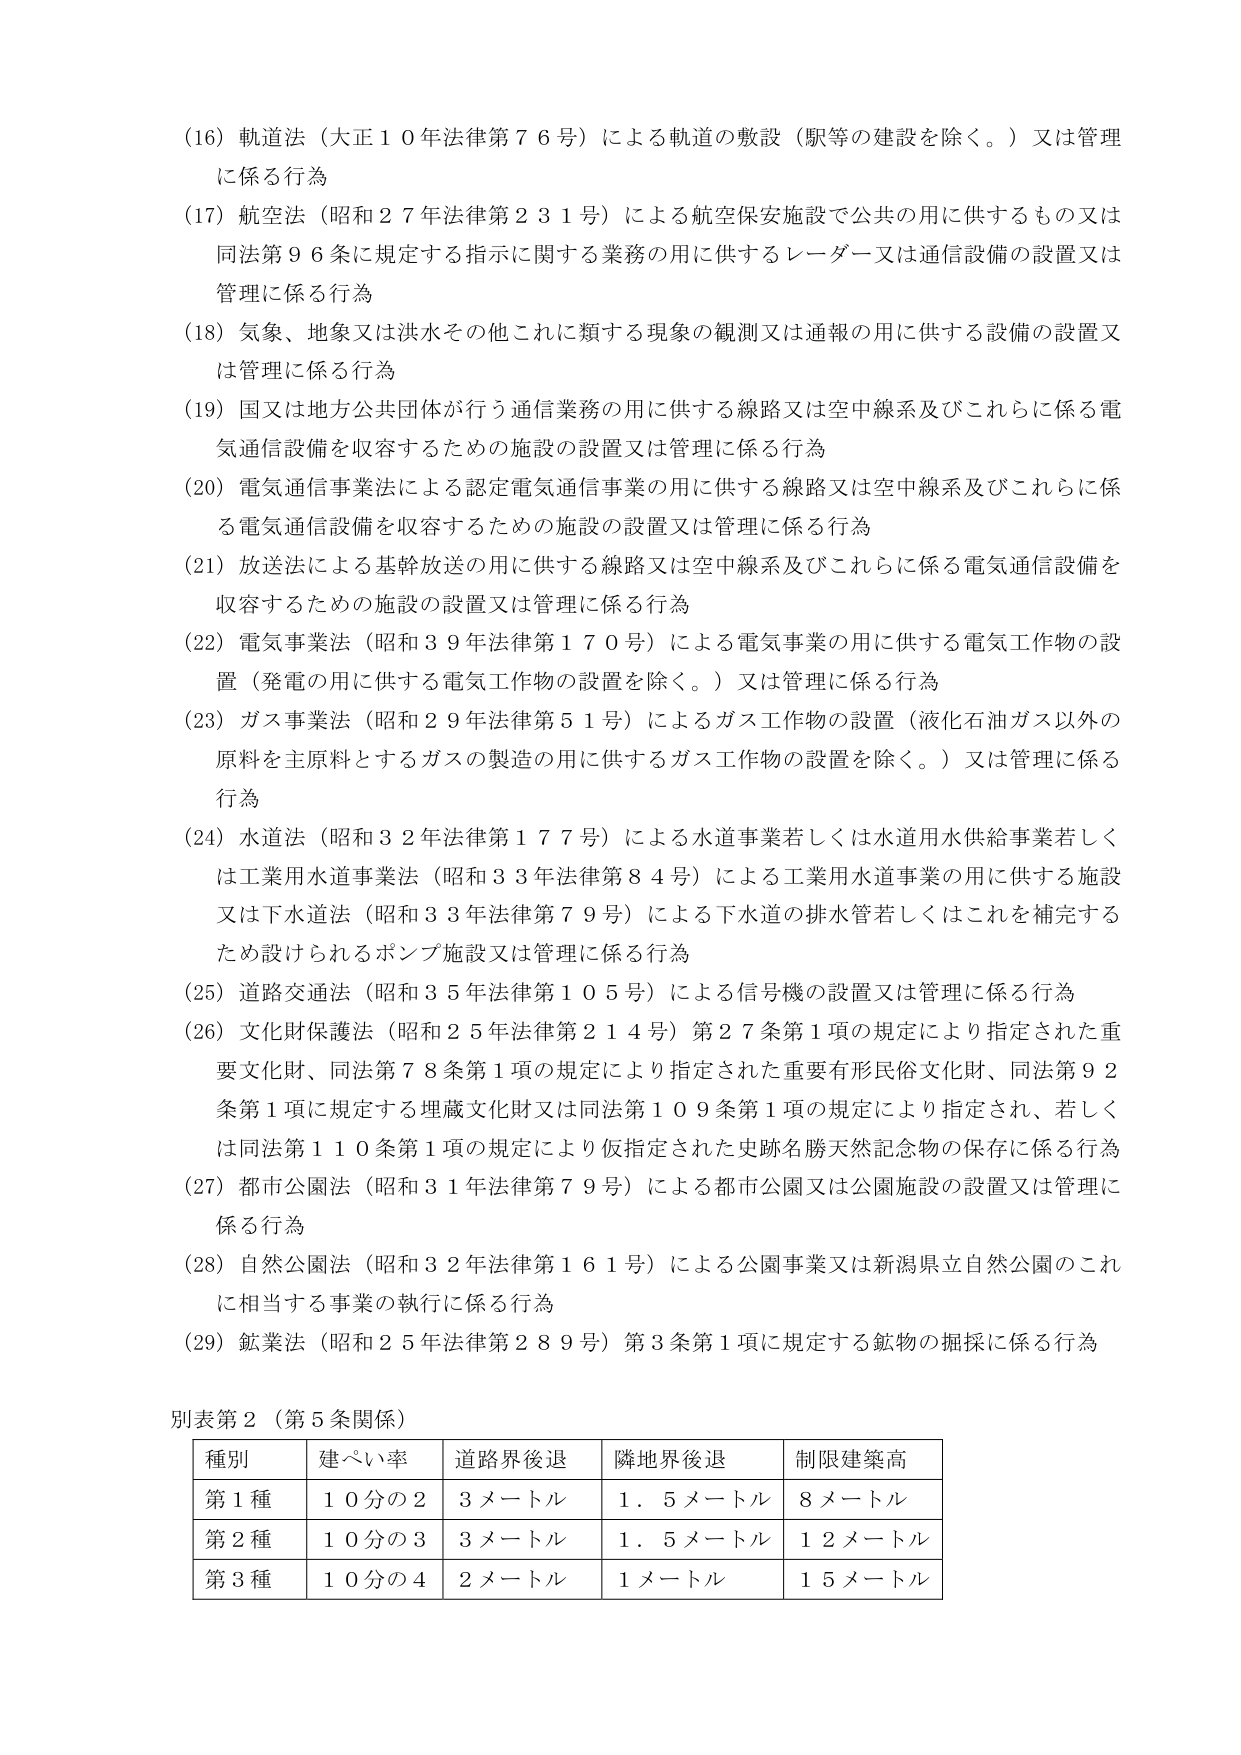
(16) 軌道法（大正１０年法律第７６号）による軌道の敷設（駅等の建設を除く。）又は管理に係る行為
(17) 航空法（昭和２７年法律第２３１号）による航空保安施設で公共の用に供するもの又は同法第９６条に規定する指示に関する業務の用に供するレーダー又は通信設備の設置又は管理に係る行為
(18) 気象、地象又は洪水その他これに類する現象の観測又は通報の用に供する設備の設置又は管理に係る行為
(19) 国又は地方公共団体が行う通信業務の用に供する線路又は空中線系及びこれらに係る電気通信設備を収容するための施設の設置又は管理に係る行為
(20) 電気通信事業法による認定電気通信事業の用に供する線路又は空中線系及びこれらに係る電気通信設備を収容するための施設の設置又は管理に係る行為
(21) 放送法による基幹放送の用に供する線路又は空中線系及びこれらに係る電気通信設備を収容するための施設の設置又は管理に係る行為
(22) 電気事業法（昭和３９年法律第１７０号）による電気事業の用に供する電気工作物の設置（発電の用に供する電気工作物の設置を除く。）又は管理に係る行為
(23) ガス事業法（昭和２９年法律第５１号）によるガス工作物の設置（液化石油ガス以外の原料を主原料とするガスの製造の用に供するガス工作物の設置を除く。）又は管理に係る行為
(24) 水道法（昭和３２年法律第１７７号）による水道事業若しくは水道用水供給事業若しくは工業用水道事業法（昭和３３年法律第８４号）による工業用水道事業の用に供する施設又は下水道法（昭和３３年法律第７９号）による下水道の排水管若しくはこれを補完するため設けられるポンプ施設又は管理に係る行為
(25) 道路交通法（昭和３５年法律第１０５号）による信号機の設置又は管理に係る行為
(26) 文化財保護法（昭和２５年法律第２１４号）第２７条第１項の規定により指定された重要文化財、同法第７８条第１項の規定により指定された重要有形民俗文化財、同法第９２条第１項に規定する埋蔵文化財又は同法第１０９条第１項の規定により指定され、若しくは同法第１１０条第１項の規定により仮指定された史跡名勝天然記念物の保存に係る行為
(27) 都市公園法（昭和３１年法律第７９号）による都市公園又は公園施設の設置又は管理に係る行為
(28) 自然公園法（昭和３２年法律第１６１号）による公園事業又は新潟県立自然公園のこれに相当する事業の執行に係る行為
(29) 鉱業法（昭和２５年法律第２８９号）第３条第１項に規定する鉱物の掘採に係る行為

別表第２（第５条関係）

| 種別 | 建ぺい率 | 道路界後退 | 隣地界後退 | 制限建築高 |
|------|----------|------------|------------|------------|
| 第１種 | １０分の２ | ３メートル | １．５メートル | ８メートル |
| 第２種 | １０分の３ | ３メートル | １．５メートル | １２メートル |
| 第３種 | １０分の４ | ２メートル | １メートル | １５メートル |